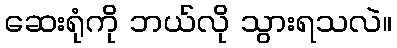
ဆေးရုံကို ဘယ်လို သွားရသလဲ။